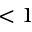
< 1